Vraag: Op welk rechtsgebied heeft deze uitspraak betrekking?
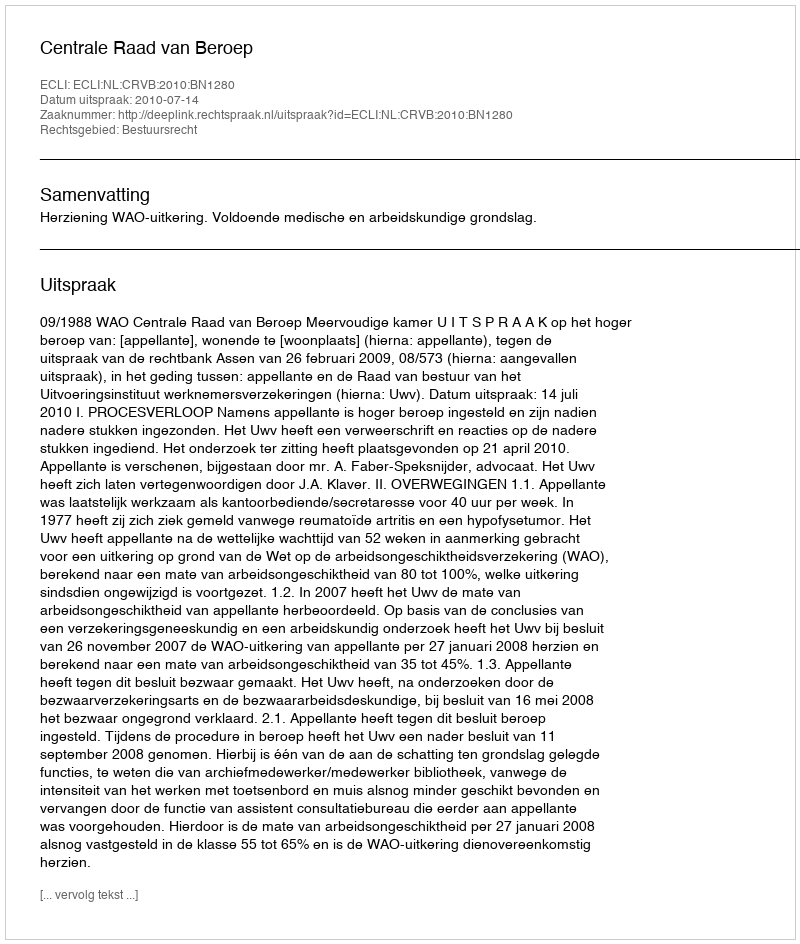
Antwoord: Bestuursrecht